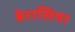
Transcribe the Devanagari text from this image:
बेरासिया